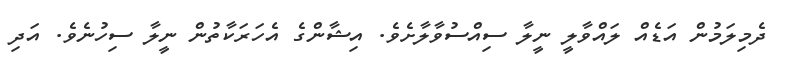
ދެމިލަމުން އަޑެއް ލައްވާލީ ނީލާ ސިއްސުވާލާށެވެ. އިޝާންގެ އެހަރަކާތުން ނީލާ ސިހުނެވެ. އަދި